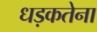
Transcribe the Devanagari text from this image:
धड़कतेना